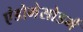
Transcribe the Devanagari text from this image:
एंडोमेसोडर्म